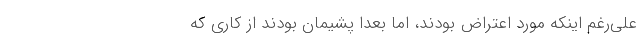
علی‌رغم اینکه مورد اعتراض بودند، اما بعدا پشیمان بودند از کاری که